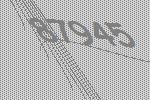
87945